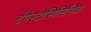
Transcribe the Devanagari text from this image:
टंगैस्टोसिलिसिक